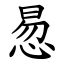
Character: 惖